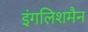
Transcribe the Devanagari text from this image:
इंगलिशमैन